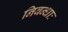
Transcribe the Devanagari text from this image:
निबन्धाः